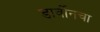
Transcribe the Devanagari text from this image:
डार्वीनचा